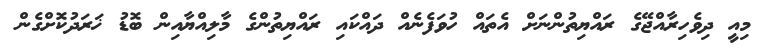
މިއީ ދިވެހިރާއްޖޭގެ ރައްޔިތުންނަށް އެތައް ހުވަފެނެއް ދައްކައި ރައްޔިތުންގެ މާލިއްޔާއިން ބޮޑު ޚަރަދުކޮށްގެން